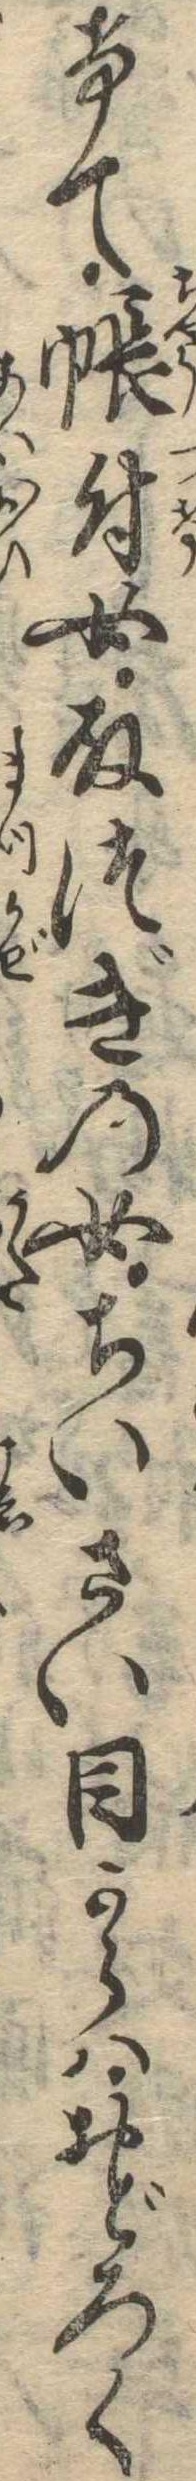
けて帳付女取つぎの女ちいさい目からはおどろく